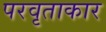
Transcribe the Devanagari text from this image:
परवृताकार